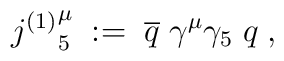
{j^{(1)}}^\mu_5 \; := \; \overline{q} \; \gamma^\mu \gamma_5 \; q \; ,